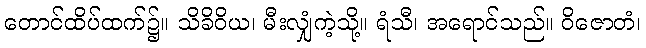
တောင်ထိပ်ထက်၌။ သိခိဝိယ၊ မီးလျှံကဲ့သို့။ ရံသီ၊ အရောင်သည်။ ဝိဇောတံ၊